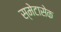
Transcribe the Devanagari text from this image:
स्मेटासेक